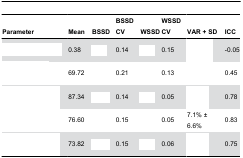
<table><thead><tr><td><b>Parameter</b></td><td><b>Mean</b></td><td><b>BSSD</b></td><td><b>BSSD CV</b></td><td><b>WSSD</b></td><td><b>WSSD CV</b></td><td><b>VAR + SD</b></td><td><b>ICC</b></td></tr></thead><tbody><tr><td>[EMPTY_CELL]</td><td> 0.38 </td><td>[EMPTY_CELL]</td><td> 0.14 </td><td>[EMPTY_CELL]</td><td> 0.15 </td><td>[EMPTY_CELL]</td><td>-0.05</td></tr><tr><td>[EMPTY_CELL]</td><td> 69.72 </td><td>[EMPTY_CELL]</td><td> 0.21 </td><td>[EMPTY_CELL]</td><td> 0.13 </td><td>[EMPTY_CELL]</td><td>0.45</td></tr><tr><td>[EMPTY_CELL]</td><td> 87.34 </td><td>[EMPTY_CELL]</td><td> 0.14 </td><td>[EMPTY_CELL]</td><td> 0.05 </td><td>[EMPTY_CELL]</td><td>0.78</td></tr><tr><td>[EMPTY_CELL]</td><td> 76.60 </td><td>[EMPTY_CELL]</td><td> 0.15 </td><td>[EMPTY_CELL]</td><td> 0.05 </td><td>7.1% ± 6.6%</td><td>0.83</td></tr><tr><td>[EMPTY_CELL]</td><td> 73.82 </td><td>[EMPTY_CELL]</td><td> 0.15 </td><td>[EMPTY_CELL]</td><td> 0.06 </td><td>[EMPTY_CELL]</td><td>0.75</td></tr></tbody></table>